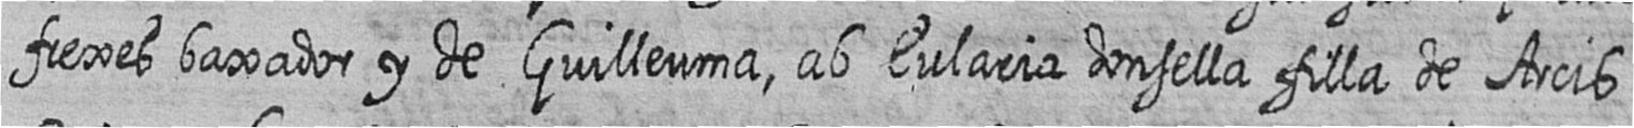
frexes baxador y de Guilleuma ab Eularia donsella filla de Arcis